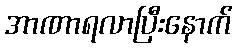
အာဏာရလာပြီးနောက်